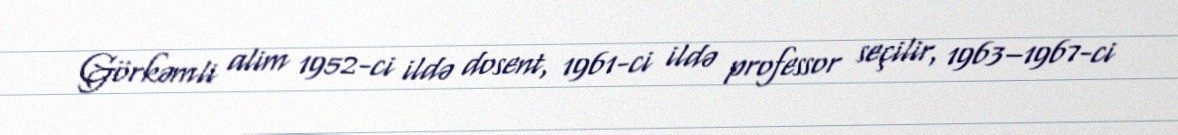
Görkəmli alim 1952-ci ildə dosent, 1961-ci ildə professor seçilir, 1963–1967-ci